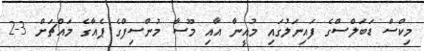
މިކްސް ޑަބަލްސްގެ ފައިނަލުގައި މުއީނާ އާއި މޫސާ މުންސިފްގެ ޕެއާގެ މައްޗަށް 3-2